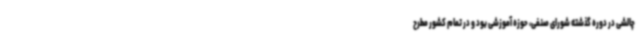
چالشی در دوره گذشته شورای صنفی، حوزه آموزشی بود و در تمام کشور مطرح